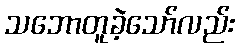
သဘောတူခဲ့သော်လည်း